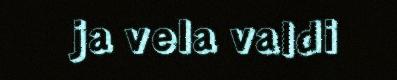
ja vela valdi